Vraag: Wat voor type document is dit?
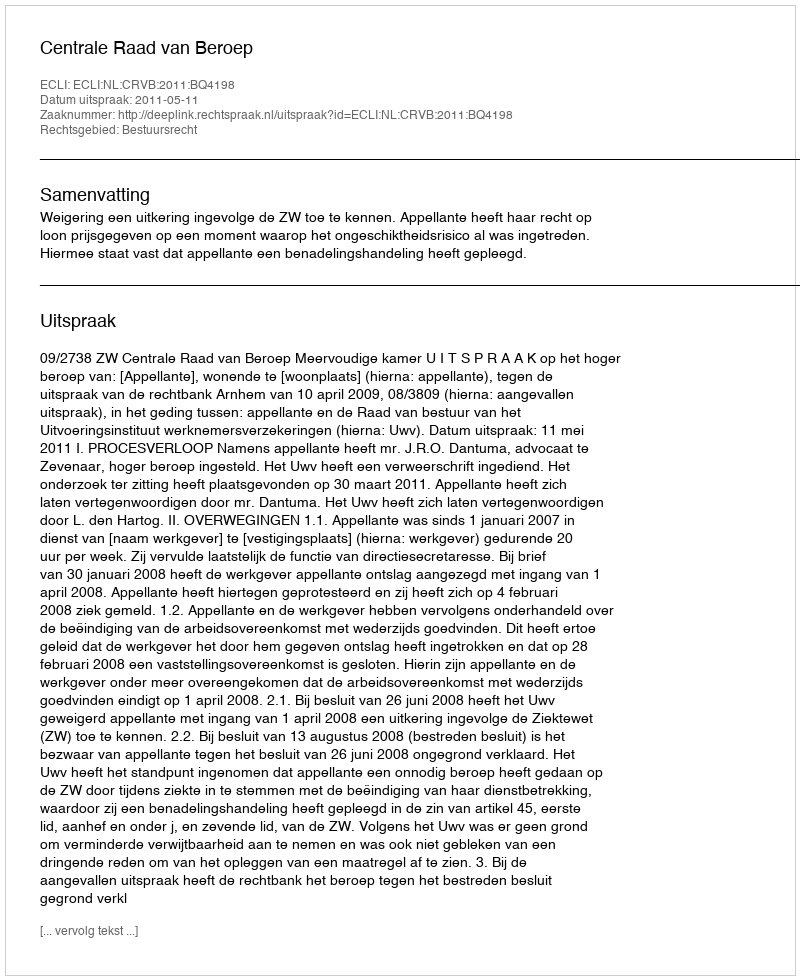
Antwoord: Uitspraak